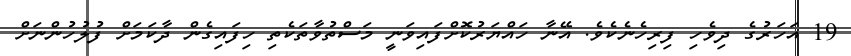
19 އަހަރުގެ ދިވެހި ފިރިހެނެކެވެ. އޭނާ ހައްޔަރުކޮށްފައިވަނީ މަސްތުވާތަކެތި ހިފައިގެން ދާކަމަށް ފުލުހުންނަށް